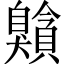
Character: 𦤰